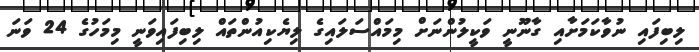
ލިބިފައި ނުވާކަމަށާއި ގާނޫނީ ވަކީލުންނަށް މިމައްސަލައިގެ ލިޔެކިއުންތައް ލިބިފައިވަނީ މިމަހުގެ 24 ވަނަ